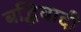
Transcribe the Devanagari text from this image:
बद्धिवादी